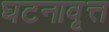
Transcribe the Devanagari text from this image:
घटनावृत्त